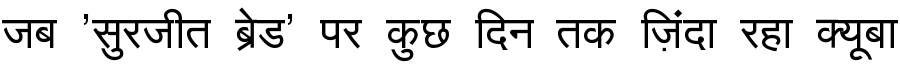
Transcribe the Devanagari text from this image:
जब 'सुरजीत ब्रेड' पर कुछ दिन तक ज़िंदा रहा क्यूबा